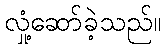
လှုံ့ဆော်ခဲ့သည်။